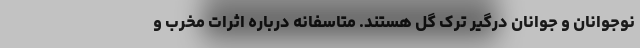
نوجوانان و جوانان درگیر ترک گل هستند. متاسفانه درباره اثرات مخرب و